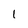
Character: 1